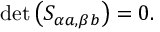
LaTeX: \operatorname * { d e t } \left( S _ { \alpha a , \beta b } \right) = 0 .